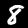
Digit: 8